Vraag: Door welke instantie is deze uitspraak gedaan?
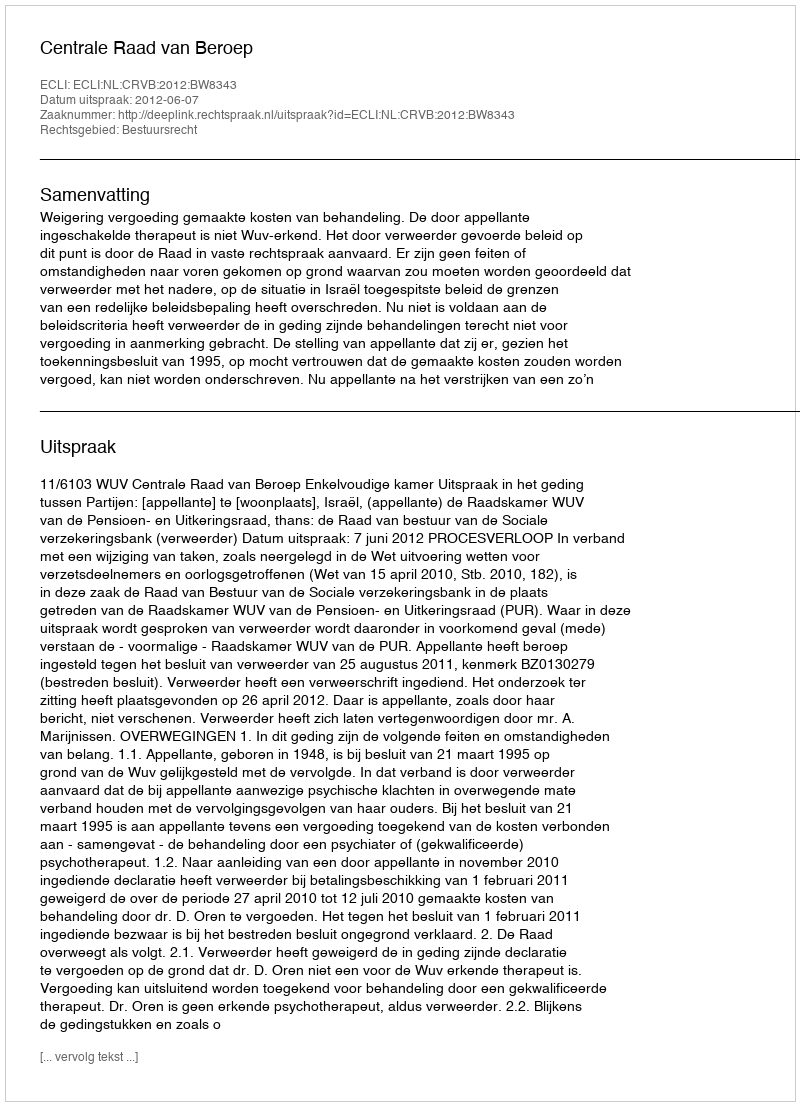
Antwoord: Centrale Raad van Beroep